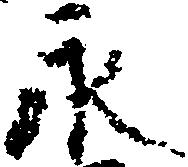
永